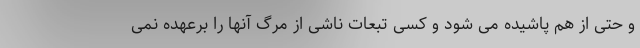
و حتی از هم پاشیده می شود و کسی تبعات ناشی از مرگ آنها را برعهده نمی